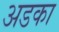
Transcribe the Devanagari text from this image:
अडका